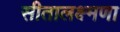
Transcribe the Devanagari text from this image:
सीतालक्ष्मणा